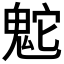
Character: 𩲮